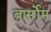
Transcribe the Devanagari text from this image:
बार्सोम